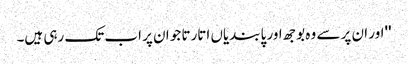
''اور ان پر سے وہ بوجھ اور پابندیاں اتارتا جو ان پر اب تک رہی ہیں۔